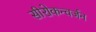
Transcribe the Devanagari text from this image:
सीरोकन्वर्जन